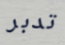
تدبر